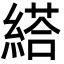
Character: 䌋